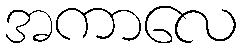
အကာလေ